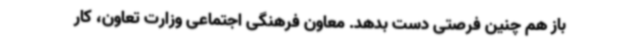
باز هم چنین فرصتی دست بدهد. معاون فرهنگی اجتماعی وزارت تعاون، کار